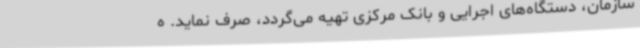
سازمان، دستگاه‌های اجرایی و بانک مرکزی تهیه می‌گردد، صرف نماید. ه